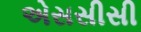
એસસીસી